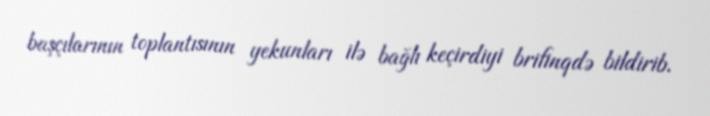
başçılarının toplantısının yekunları ilə bağlı keçirdiyi brifinqdə bildirib.